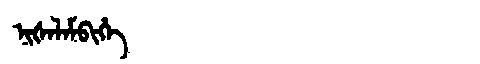
Manchu: ᠨᡳᡧᠠᠯᠠᠮᠪᡳᡥᡝ
Romanization: NIŠALAMBIHE